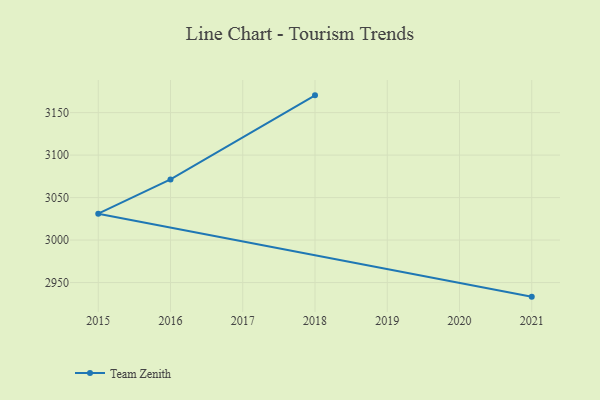
{"axis": {"x": "Year", "y": "Customer Acquisition Cost (USD)"}, "legend": ["Team Zenith"], "data": [{"x": "2018", "y": 3170.3, "type": "Team Zenith"}, {"x": "2016", "y": 3071.3, "type": "Team Zenith"}, {"x": "2015", "y": 3031.0, "type": "Team Zenith"}, {"x": "2021", "y": 2933.4, "type": "Team Zenith"}]}